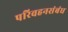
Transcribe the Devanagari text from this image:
परिवहनसंबंध